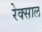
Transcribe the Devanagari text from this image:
रेक्साल